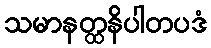
သမာနတ္ထနိပါတပဒံ